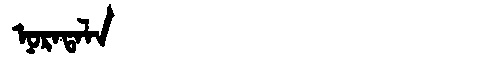
Manchu: ᠨᠣᡵᠠᡨᠠᠯᠠ
Romanization: NORATALA